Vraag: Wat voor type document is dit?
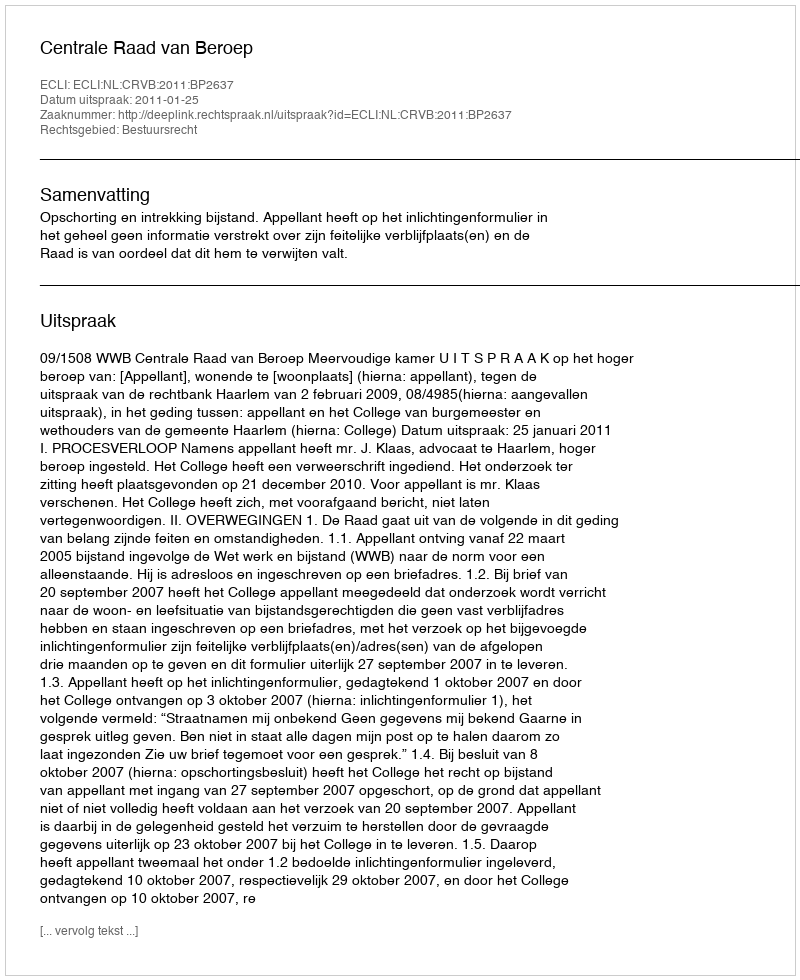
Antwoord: Uitspraak